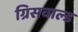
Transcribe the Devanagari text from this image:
ग्रिसवाल्ड